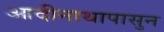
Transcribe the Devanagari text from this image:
आदीनाथापासुन